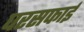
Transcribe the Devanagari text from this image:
घरसफाई